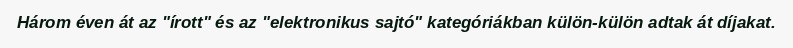
Három éven át az "írott" és az "elektronikus sajtó" kategóriákban külön-külön adtak át díjakat.